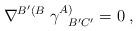
LaTeX: \begin{align*}\nabla^{B'(B} \; \gamma_{\; \; \; B'C'}^{A)} =0 \; ,\end{align*}